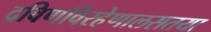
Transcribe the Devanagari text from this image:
द्रविणविरहेणालसतया